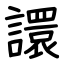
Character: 譞